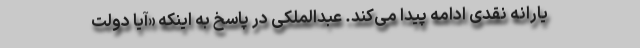
یارانه نقدی ادامه پیدا می‌کند. عبدالملکی در پاسخ به اینکه «آیا دولت